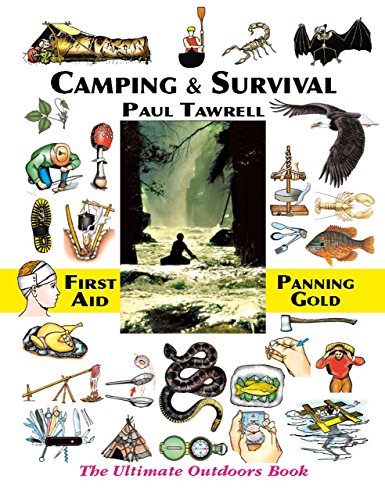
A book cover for Camping & Survival: The Ultimate Outdoors Book; Paul Tawrell; Reference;